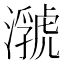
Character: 𤂆